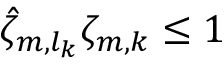
\hat { \zeta } _ { m , l _ { k } } \zeta _ { m , k } \leq 1